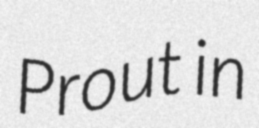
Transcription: Prout in